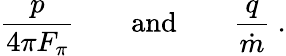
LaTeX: {\frac{p}{4\pi F_{\pi}}}\qquad\mathrm{and}\qquad{\frac{q}{\dot{m}}}\ .